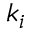
k _ { i }